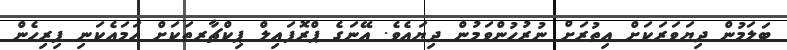
ބަލަމުން ދިޔަވަރަކަށް އިތުރަށް ނުރުހުންވަމުން ދިޔައެވެ. އޭނަގެ ޕްރޮފައިލް ޕިކްޗާރތަކަށް ހަމައެކަނި ފިރިހެން